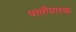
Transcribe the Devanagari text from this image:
पातीयाच्या